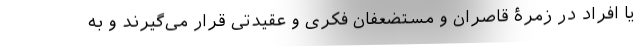
یا افراد در زمرۀ قاصران و مستضعفان فکری و عقیدتی قرار می‌گیرند و به